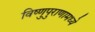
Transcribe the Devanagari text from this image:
विष्णुपुराणामध्ये